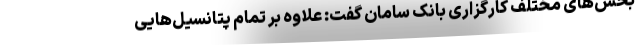
بخش‌های مختلف کارگزاری بانک سامان گفت: علاوه بر تمام پتانسیل‌هایی